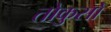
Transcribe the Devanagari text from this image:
तोकुसो